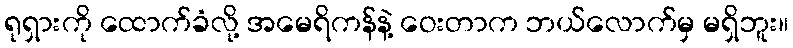
ရုရှားကို ထောက်ခံလို့ အမေရိကန်နဲ့ ဝေးတာက ဘယ်လောက်မှ မရှိဘူး။